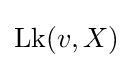
{\textstyle \operatorname {Lk} (v,X)}